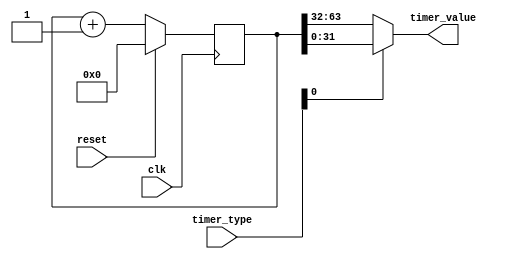
`timescale 1ns / 1ps
module timer(
    input       [ 1:0] timer_type,
    input              clk,
    input              reset,
    output      [31:0] timer_value
);

reg [63:0] timer_value_r;
always @(posedge clk) begin
    if(reset)begin
        timer_value_r <= 1'b0;
    end
    else begin
        timer_value_r <= timer_value_r + 1'b1;
    end
end
assign timer_value = (timer_type[0]) ? timer_value_r[31:0] : timer_value_r[63:32];

endmodule